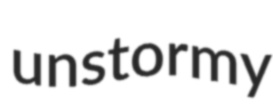
unstormy